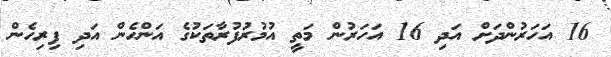
16 އަހަރުންދަށް އަދި 16 އަހަރުން މަތީ އުމުރުފުރާތަކުގެ އަންހެން އަދި ފިރިހެން